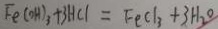
F e ( O H ) _ { 3 } + 3 H C l = F e C l _ { 3 } + 3 H _ { 2 } O